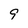
Character: 9